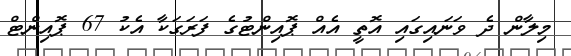
މިލާން ދެ ވަނައިގައި އޮތީ އެއް ޕޮއިންޓުގެ ފަރަގަކާ އެކު 67 ޕޮއިންޓް